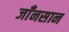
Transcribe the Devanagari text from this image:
जाँनसान